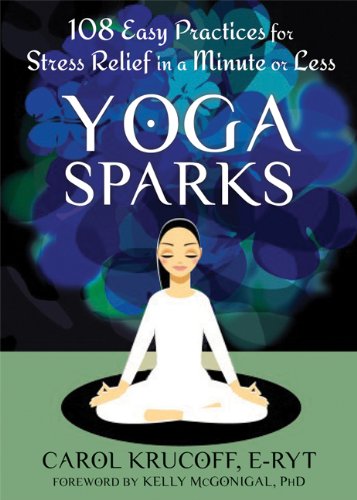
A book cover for Yoga Sparks: 108 Easy Practices for Stress Relief in a Minute or Less; Carol Krucoff E-RYT; Health, Fitness & Dieting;